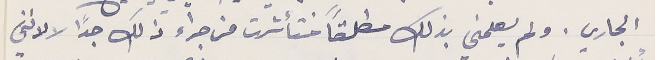
الجاري. ولم يعلمني بذلك مطلقاً فتأثرت من جراء ذلك جدًا لا لانني